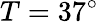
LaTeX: T=37^{\circ}